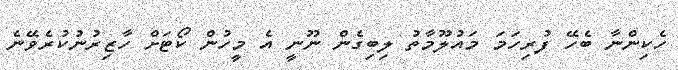
ހެކިންނާ ބެހޭ ފުރިހަމަ މައުލޫމާތު ލިބިގެން ނޫނީ އެ މީހުން ކޯޓަށް ހާޒިރުނުކުރެވޭނެ